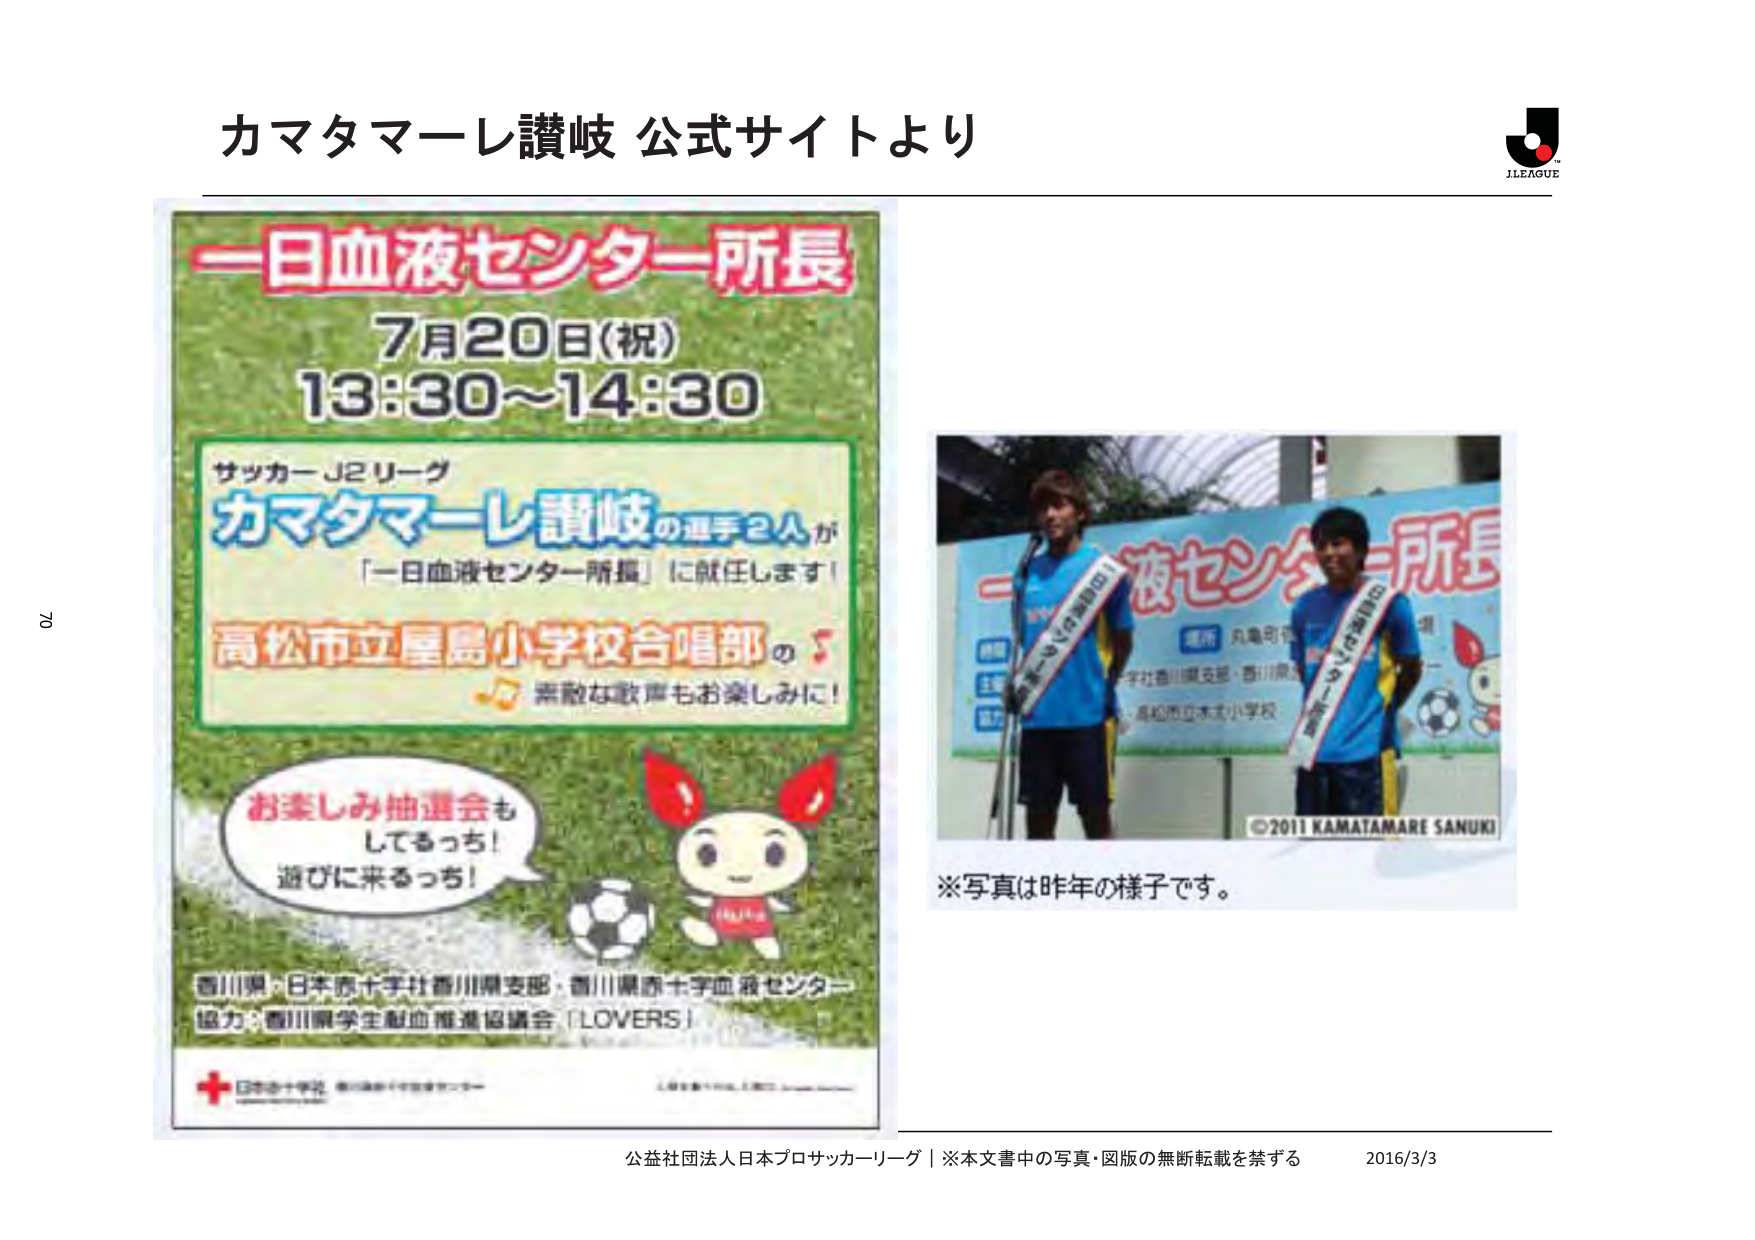
カマタマーレ讃岐 公式サイトより

一日血液センター所長
7月20日(祝)
13:30～14:30

サッカーJ2リーグ
カマタマーレ讃岐の選手2人が
「一日血液センター所長」に就任します！

高松市立屋島小学校合唱部の♪
素敵な歌声もお楽しみに！

お楽しみ抽選会も
してるっち！
遊びに来るっち！

香川県・日本赤十字社香川県支部・香川県赤十字血液センター
協力：香川県学生献血推進協議会「LOVERS」

日本赤十字社 香川県赤十字血液センター

J.LEAGUE

一日血液センター所長
場所 丸亀町役場
主催 日本赤十字社香川県支部・香川県赤十字血液センター
協力 高松市立屋島小学校

©2011 KAMATAMARE SANUKI

※写真は昨年の様子です。

公益社団法人日本プロサッカーリーグ｜※本文書中の写真・図版の無断転載を禁ずる 2016/3/3

70